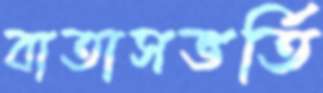
বাতাসভর্তি